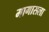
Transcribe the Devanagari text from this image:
मागासला